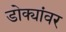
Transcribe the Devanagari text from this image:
डोक्यांवर